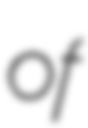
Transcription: of